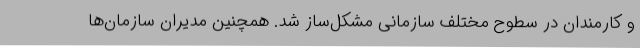
و کارمندان در سطوح مختلف سازمانی مشکل‌ساز شد. همچنین مدیران سازمان‌ها